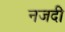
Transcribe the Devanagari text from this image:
नजदी